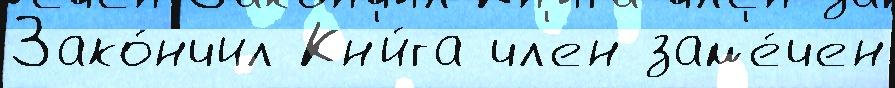
Зако́нчил Кн'и́га чл'ен зам'е́чен